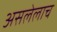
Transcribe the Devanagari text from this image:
असलेलाच